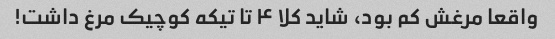
واقعا مرغش کم بود، شاید کلا ۴ تا تیکه کوچیک مرغ داشت!